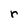
Character: r